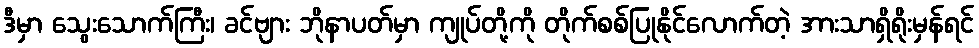
ဒီမှာ သွေးသောက်ကြီး၊ ခင်ဗျား ဘိုနာပတ်မှာ ကျုပ်တို့ကို တိုက်စစ်ပြုနိုင်လောက်တဲ့ အားသာရှိရိုးမှန်ရင်